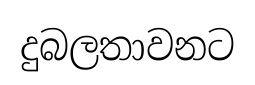
දුබලතාවනට